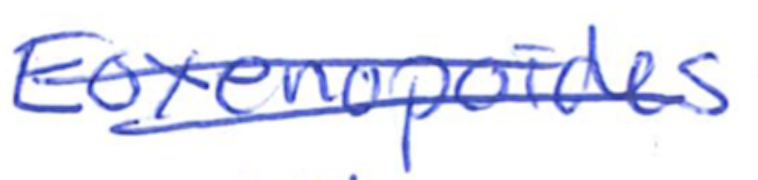
Text: Eoxenopoides
Cross-out: double-line
Writing tool: ballpoint